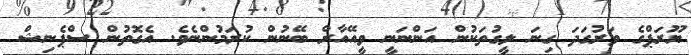
ޔޫރަޕްގެ ވަރުގަދަ ގިނަ ލީގުތަކުން އަންނަނީ ވީއޭއާރް ބޭނުން ކުރަމުންނެވެ. އެގޮތުން ސްޕެނިޝް